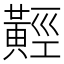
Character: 𪏅